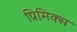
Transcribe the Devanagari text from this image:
प्रिमिक्स